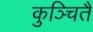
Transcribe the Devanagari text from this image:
कुञ्चितै